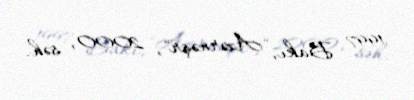
1997 Bakı, "Azərnəşr", 2000, səh.